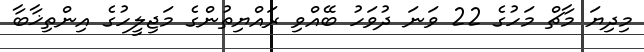
މިދިޔަ މާޗް މަހުގެ 22 ވަނަ ދުވަހު ބޭއްވި ރައްޔިތުންގެ މަޖިލީހުގެ އިންތިޚާބާ